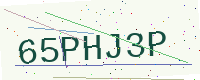
Text: 65PHJ3P